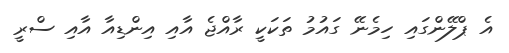
އެ ޕްލޭންގައި ހިމެނޭ ގައުމު ތަކަކީ ރާއްޖެ އާއި އިންޑިއާ އާއި ސްރީ